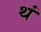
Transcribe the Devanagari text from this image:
थं